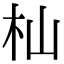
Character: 杣